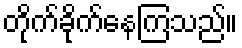
တိုက်ခိုက်နေကြသည်။